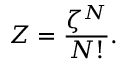
Z = { \frac { \zeta ^ { N } } { N ! } } .